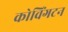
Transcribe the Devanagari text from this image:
कोविंगटन